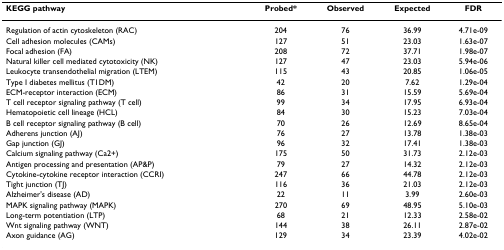
| KEGG pathway | Probed* | Observed | Expected | FDR |
 | --- | --- | --- | --- | --- |
 | Regulation of actin cytoskeleton (RAC) | 204 | 76 | 36.99 | 4.71e-09 |
 | Cell adhesion molecules (CAMs) | 127 | 51 | 23.03 | 1.63e-07 |
 | Focal adhesion (FA) | 208 | 72 | 37.71 | 1.98e-07 |
 | Natural killer cell mediated cytotoxicity (NK) | 127 | 47 | 23.03 | 5.94e-06 |
 | Leukocyte transendothelial migration (LTEM) | 115 | 43 | 20.85 | 1.06e-05 |
 | Type I diabetes mellitus (T1DM) | 42 | 20 | 7.62 | 1.29e-04 |
 | ECM-receptor interaction (ECM) | 86 | 31 | 15.59 | 5.69e-04 |
 | T cell receptor signaling pathway (T cell) | 99 | 34 | 17.95 | 6.93e-04 |
 | Hematopoietic cell lineage (HCL) | 84 | 30 | 15.23 | 7.03e-04 |
 | B cell receptor signaling pathway (B cell) | 70 | 26 | 12.69 | 8.65e-04 |
 | Adherens junction (AJ) | 76 | 27 | 13.78 | 1.38e-03 |
 | Gap junction (GJ) | 96 | 32 | 17.41 | 1.38e-03 |
 | Calcium signaling pathway (Ca2+) | 175 | 50 | 31.73 | 2.12e-03 |
 | Antigen processing and presentation (AP&P) | 79 | 27 | 14.32 | 2.12e-03 |
 | Cytokine-cytokine receptor interaction (CCRI) | 247 | 66 | 44.78 | 2.12e-03 |
 | Tight junction (TJ) | 116 | 36 | 21.03 | 2.12e-03 |
 | Alzheimer's disease (AD) | 22 | 11 | 3.99 | 2.60e-03 |
 | MAPK signaling pathway (MAPK) | 270 | 69 | 48.95 | 5.10e-03 |
 | Long-term potentiation (LTP) | 68 | 21 | 12.33 | 2.58e-02 |
 | Wnt signaling pathway (WNT) | 144 | 38 | 26.11 | 2.87e-02 |
 | Axon guidance (AG) | 129 | 34 | 23.39 | 4.02e-02 |